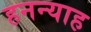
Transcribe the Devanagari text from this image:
हनन्याह